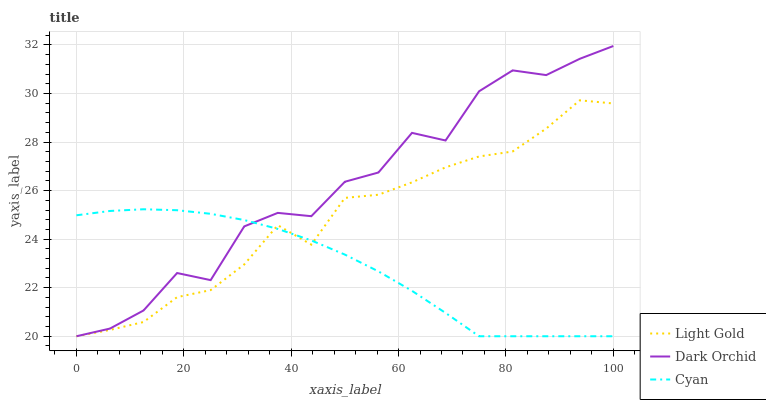
| xaxis_label | Light Gold | Dark Orchid | Cyan |
 | --- | --- | --- | --- |
 | 0 | 20 | 20 | 25 |
 | 6.25 | 20.3 | 20.3 | 25.2 |
 | 12.5 | 20.6 | 21.1 | 25.2 |
 | 18.8 | 21.6 | 22.6 | 25.2 |
 | 25 | 21.9 | 22.3 | 25 |
 | 31.2 | 23 | 24.5 | 24.8 |
 | 37.5 | 24.6 | 25.1 | 24.4 |
 | 43.8 | 23.8 | 24.9 | 23.9 |
 | 50 | 25.7 | 26.4 | 23.4 |
 | 56.2 | 25.8 | 26.7 | 22.7 |
 | 62.5 | 26.3 | 28.4 | 21.9 |
 | 68.8 | 27 | 28.1 | 21 |
 | 75 | 27.4 | 30.1 | 20 |
 | 81.2 | 27.6 | 31 | 20 |
 | 87.5 | 28.6 | 30.8 | 20 |
 | 93.8 | 29.7 | 31.4 | 20 |
 | 100 | 29.6 | 32 | 20 |